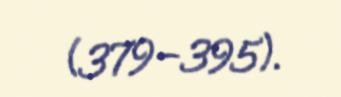
(379–395).